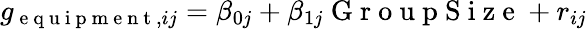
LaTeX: g_{\mathrm{~e~q~u~i~p~m~e~n~t~},ij}=\beta_{0j}+\beta_{1j}\mathrm{~G~r~o~u~p~S~i~z~e~}+r_{ij}